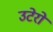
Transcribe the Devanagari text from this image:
उटेरो